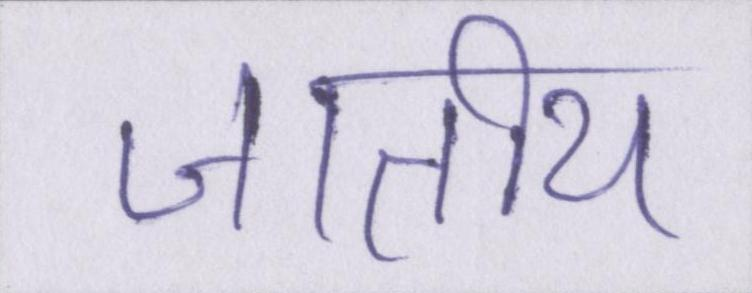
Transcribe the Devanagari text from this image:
जातीय